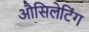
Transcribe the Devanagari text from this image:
औसिलेटिंग